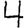
Digit: 4